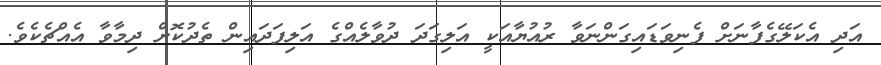
އަދި އެކަލޭގެފާނަށް ފެނިވަޑައިގަންނަވާ ރުއުޔާއަކީ އަލިގަދަ ދުވާލެއްގެ އަލިފަދައިން ތެދުކޮށް ދިމާވާ އެއްޗެކެވެ.